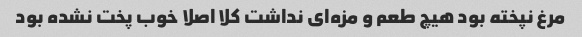
مرغ نپخته بود هیچ طعم و مزه‌ای نداشت کلا اصلا خوب پخت نشده بود